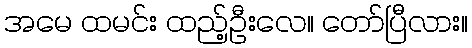
အမေ ထမင်း ထည့်ဦးလေ။ တော်ပြီလား။